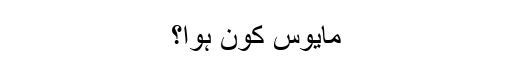
مایوس کون ہوا؟